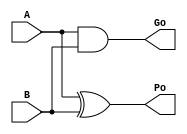
/*----------------------------------------------------------------------------
  Copyright (c) 2004 Aoki laboratory. All rights reserved.

  Top module: KS_16b

  Operand-1 length: 16
  Operand-2 length: 16
  Two-operand addition algorithm: Kogge-Stone adder
----------------------------------------------------------------------------*/

module GPGenerator(Go, Po, A, B);
  output Go;
  output Po;
  input A;
  input B;
  assign Go = A & B;
  assign Po = A ^ B;
endmodule

module CarryOperator(Go, Po, Gi1, Pi1, Gi2, Pi2);
  output Go;
  output Po;
  input Gi1;
  input Gi2;
  input Pi1;
  input Pi2;
  assign Go = Gi1 | ( Gi2 & Pi1 );
  assign Po = Pi1 & Pi2;
endmodule

module UBPriKSA_15_0(S, X, Y, Cin);
  output [16:0] S;
  input Cin;
  input [15:0] X;
  input [15:0] Y;
  wire [15:0] G0;
  wire [15:0] G1;
  wire [15:0] G2;
  wire [15:0] G3;
  wire [15:0] G4;
  wire [15:0] P0;
  wire [15:0] P1;
  wire [15:0] P2;
  wire [15:0] P3;
  wire [15:0] P4;
  assign P1[0] = P0[0];
  assign G1[0] = G0[0];
  assign P2[0] = P1[0];
  assign G2[0] = G1[0];
  assign P2[1] = P1[1];
  assign G2[1] = G1[1];
  assign P3[0] = P2[0];
  assign G3[0] = G2[0];
  assign P3[1] = P2[1];
  assign G3[1] = G2[1];
  assign P3[2] = P2[2];
  assign G3[2] = G2[2];
  assign P3[3] = P2[3];
  assign G3[3] = G2[3];
  assign P4[0] = P3[0];
  assign G4[0] = G3[0];
  assign P4[1] = P3[1];
  assign G4[1] = G3[1];
  assign P4[2] = P3[2];
  assign G4[2] = G3[2];
  assign P4[3] = P3[3];
  assign G4[3] = G3[3];
  assign P4[4] = P3[4];
  assign G4[4] = G3[4];
  assign P4[5] = P3[5];
  assign G4[5] = G3[5];
  assign P4[6] = P3[6];
  assign G4[6] = G3[6];
  assign P4[7] = P3[7];
  assign G4[7] = G3[7];
  assign S[0] = Cin ^ P0[0];
  assign S[1] = ( G4[0] | ( P4[0] & Cin ) ) ^ P0[1];
  assign S[2] = ( G4[1] | ( P4[1] & Cin ) ) ^ P0[2];
  assign S[3] = ( G4[2] | ( P4[2] & Cin ) ) ^ P0[3];
  assign S[4] = ( G4[3] | ( P4[3] & Cin ) ) ^ P0[4];
  assign S[5] = ( G4[4] | ( P4[4] & Cin ) ) ^ P0[5];
  assign S[6] = ( G4[5] | ( P4[5] & Cin ) ) ^ P0[6];
  assign S[7] = ( G4[6] | ( P4[6] & Cin ) ) ^ P0[7];
  assign S[8] = ( G4[7] | ( P4[7] & Cin ) ) ^ P0[8];
  assign S[9] = ( G4[8] | ( P4[8] & Cin ) ) ^ P0[9];
  assign S[10] = ( G4[9] | ( P4[9] & Cin ) ) ^ P0[10];
  assign S[11] = ( G4[10] | ( P4[10] & Cin ) ) ^ P0[11];
  assign S[12] = ( G4[11] | ( P4[11] & Cin ) ) ^ P0[12];
  assign S[13] = ( G4[12] | ( P4[12] & Cin ) ) ^ P0[13];
  assign S[14] = ( G4[13] | ( P4[13] & Cin ) ) ^ P0[14];
  assign S[15] = ( G4[14] | ( P4[14] & Cin ) ) ^ P0[15];
  assign S[16] = G4[15] | ( P4[15] & Cin );
  GPGenerator U0 (G0[0], P0[0], X[0], Y[0]);
  GPGenerator U1 (G0[1], P0[1], X[1], Y[1]);
  GPGenerator U2 (G0[2], P0[2], X[2], Y[2]);
  GPGenerator U3 (G0[3], P0[3], X[3], Y[3]);
  GPGenerator U4 (G0[4], P0[4], X[4], Y[4]);
  GPGenerator U5 (G0[5], P0[5], X[5], Y[5]);
  GPGenerator U6 (G0[6], P0[6], X[6], Y[6]);
  GPGenerator U7 (G0[7], P0[7], X[7], Y[7]);
  GPGenerator U8 (G0[8], P0[8], X[8], Y[8]);
  GPGenerator U9 (G0[9], P0[9], X[9], Y[9]);
  GPGenerator U10 (G0[10], P0[10], X[10], Y[10]);
  GPGenerator U11 (G0[11], P0[11], X[11], Y[11]);
  GPGenerator U12 (G0[12], P0[12], X[12], Y[12]);
  GPGenerator U13 (G0[13], P0[13], X[13], Y[13]);
  GPGenerator U14 (G0[14], P0[14], X[14], Y[14]);
  GPGenerator U15 (G0[15], P0[15], X[15], Y[15]);
  CarryOperator U16 (G1[1], P1[1], G0[1], P0[1], G0[0], P0[0]);
  CarryOperator U17 (G1[2], P1[2], G0[2], P0[2], G0[1], P0[1]);
  CarryOperator U18 (G1[3], P1[3], G0[3], P0[3], G0[2], P0[2]);
  CarryOperator U19 (G1[4], P1[4], G0[4], P0[4], G0[3], P0[3]);
  CarryOperator U20 (G1[5], P1[5], G0[5], P0[5], G0[4], P0[4]);
  CarryOperator U21 (G1[6], P1[6], G0[6], P0[6], G0[5], P0[5]);
  CarryOperator U22 (G1[7], P1[7], G0[7], P0[7], G0[6], P0[6]);
  CarryOperator U23 (G1[8], P1[8], G0[8], P0[8], G0[7], P0[7]);
  CarryOperator U24 (G1[9], P1[9], G0[9], P0[9], G0[8], P0[8]);
  CarryOperator U25 (G1[10], P1[10], G0[10], P0[10], G0[9], P0[9]);
  CarryOperator U26 (G1[11], P1[11], G0[11], P0[11], G0[10], P0[10]);
  CarryOperator U27 (G1[12], P1[12], G0[12], P0[12], G0[11], P0[11]);
  CarryOperator U28 (G1[13], P1[13], G0[13], P0[13], G0[12], P0[12]);
  CarryOperator U29 (G1[14], P1[14], G0[14], P0[14], G0[13], P0[13]);
  CarryOperator U30 (G1[15], P1[15], G0[15], P0[15], G0[14], P0[14]);
  CarryOperator U31 (G2[2], P2[2], G1[2], P1[2], G1[0], P1[0]);
  CarryOperator U32 (G2[3], P2[3], G1[3], P1[3], G1[1], P1[1]);
  CarryOperator U33 (G2[4], P2[4], G1[4], P1[4], G1[2], P1[2]);
  CarryOperator U34 (G2[5], P2[5], G1[5], P1[5], G1[3], P1[3]);
  CarryOperator U35 (G2[6], P2[6], G1[6], P1[6], G1[4], P1[4]);
  CarryOperator U36 (G2[7], P2[7], G1[7], P1[7], G1[5], P1[5]);
  CarryOperator U37 (G2[8], P2[8], G1[8], P1[8], G1[6], P1[6]);
  CarryOperator U38 (G2[9], P2[9], G1[9], P1[9], G1[7], P1[7]);
  CarryOperator U39 (G2[10], P2[10], G1[10], P1[10], G1[8], P1[8]);
  CarryOperator U40 (G2[11], P2[11], G1[11], P1[11], G1[9], P1[9]);
  CarryOperator U41 (G2[12], P2[12], G1[12], P1[12], G1[10], P1[10]);
  CarryOperator U42 (G2[13], P2[13], G1[13], P1[13], G1[11], P1[11]);
  CarryOperator U43 (G2[14], P2[14], G1[14], P1[14], G1[12], P1[12]);
  CarryOperator U44 (G2[15], P2[15], G1[15], P1[15], G1[13], P1[13]);
  CarryOperator U45 (G3[4], P3[4], G2[4], P2[4], G2[0], P2[0]);
  CarryOperator U46 (G3[5], P3[5], G2[5], P2[5], G2[1], P2[1]);
  CarryOperator U47 (G3[6], P3[6], G2[6], P2[6], G2[2], P2[2]);
  CarryOperator U48 (G3[7], P3[7], G2[7], P2[7], G2[3], P2[3]);
  CarryOperator U49 (G3[8], P3[8], G2[8], P2[8], G2[4], P2[4]);
  CarryOperator U50 (G3[9], P3[9], G2[9], P2[9], G2[5], P2[5]);
  CarryOperator U51 (G3[10], P3[10], G2[10], P2[10], G2[6], P2[6]);
  CarryOperator U52 (G3[11], P3[11], G2[11], P2[11], G2[7], P2[7]);
  CarryOperator U53 (G3[12], P3[12], G2[12], P2[12], G2[8], P2[8]);
  CarryOperator U54 (G3[13], P3[13], G2[13], P2[13], G2[9], P2[9]);
  CarryOperator U55 (G3[14], P3[14], G2[14], P2[14], G2[10], P2[10]);
  CarryOperator U56 (G3[15], P3[15], G2[15], P2[15], G2[11], P2[11]);
  CarryOperator U57 (G4[8], P4[8], G3[8], P3[8], G3[0], P3[0]);
  CarryOperator U58 (G4[9], P4[9], G3[9], P3[9], G3[1], P3[1]);
  CarryOperator U59 (G4[10], P4[10], G3[10], P3[10], G3[2], P3[2]);
  CarryOperator U60 (G4[11], P4[11], G3[11], P3[11], G3[3], P3[3]);
  CarryOperator U61 (G4[12], P4[12], G3[12], P3[12], G3[4], P3[4]);
  CarryOperator U62 (G4[13], P4[13], G3[13], P3[13], G3[5], P3[5]);
  CarryOperator U63 (G4[14], P4[14], G3[14], P3[14], G3[6], P3[6]);
  CarryOperator U64 (G4[15], P4[15], G3[15], P3[15], G3[7], P3[7]);
endmodule

module UBZero_0_0(O);
  output [0:0] O;
  assign O[0] = 0;
endmodule

module KS_16b (X, Y, S);
  output [16:0] S;
  input [15:0] X;
  input [15:0] Y;
  UBPureKSA_15_0 U0 (S[16:0], X[15:0], Y[15:0]);
endmodule

module UBPureKSA_15_0 (S, X, Y);
  output [16:0] S;
  input [15:0] X;
  input [15:0] Y;
  wire C;
  UBPriKSA_15_0 U0 (S, X, Y, 1'b0);
  //UBZero_0_0 U1 (C);
endmodule